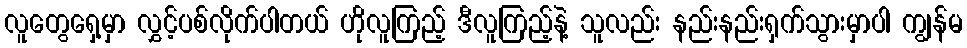
လူတွေရှေ့မှာ လွှင့်ပစ်လိုက်ပါတယ် ဟိုလူကြည့် ဒီလူကြည့်နဲ့ သူလည်း နည်းနည်းရှက်သွားမှာပါ ကျွန်မ